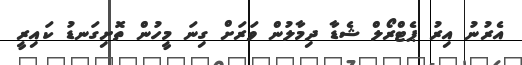
އެރުނު އިރު ޕެޓްރޯލް ޝެޑާ ދިމާލުން ވަރަށް ގިނަ މީހުން ތޮށިގަނޑު ކައިރީ